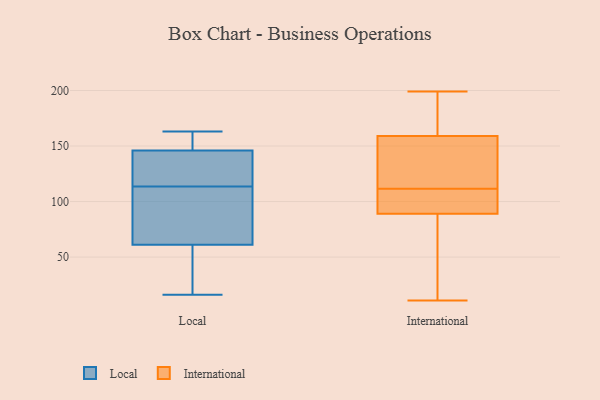
{"axis": {"x": "Inventory Turnover", "y": "Value"}, "legend": ["International", "Local"], "data": [{"x": "", "y": 112, "type": "Local"}, {"x": "", "y": 76, "type": "Local"}, {"x": "", "y": 118, "type": "Local"}, {"x": "", "y": 161, "type": "Local"}, {"x": "", "y": 33, "type": "Local"}, {"x": "", "y": 80, "type": "Local"}, {"x": "", "y": 48, "type": "Local"}, {"x": "", "y": 115, "type": "Local"}, {"x": "", "y": 146, "type": "Local"}, {"x": "", "y": 61, "type": "Local"}, {"x": "", "y": 16, "type": "Local"}, {"x": "", "y": 162, "type": "Local"}, {"x": "", "y": 119, "type": "Local"}, {"x": "", "y": 163, "type": "Local"}, {"x": "", "y": 58, "type": "International"}, {"x": "", "y": 159, "type": "International"}, {"x": "", "y": 99, "type": "International"}, {"x": "", "y": 121, "type": "International"}, {"x": "", "y": 199, "type": "International"}, {"x": "", "y": 195, "type": "International"}, {"x": "", "y": 102, "type": "International"}, {"x": "", "y": 139, "type": "International"}, {"x": "", "y": 197, "type": "International"}, {"x": "", "y": 94, "type": "International"}, {"x": "", "y": 89, "type": "International"}, {"x": "", "y": 11, "type": "International"}, {"x": "", "y": 47, "type": "International"}, {"x": "", "y": 147, "type": "International"}]}